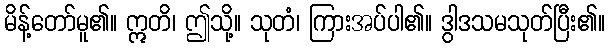
မိန့်တော်မူ၏။ ဣတိ၊ ဤသို့။ သုတံ၊ ကြားအပ်ပါ၏။ ဒွါဒသမသုတ်ပြီး၏။